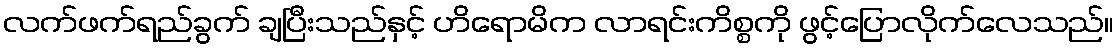
လက်ဖက်ရည်ခွက် ချပြီးသည်နှင့် ဟိရောမိက လာရင်းကိစ္စကို ဖွင့်ပြောလိုက်လေသည်။